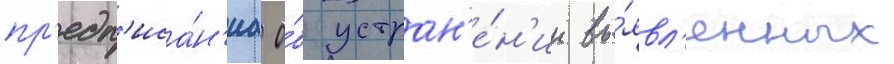
пр'едп'иса́н'иа о́б устран'е́н'ии вы́явл'енных